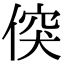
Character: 𠊲